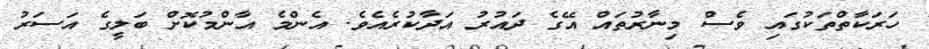
ހަރަކާތްތަކުގައި ވެސް މިނާރުތައް އޭގެ ދައުރު އަދާކުރެއެވެ. އެންމެ އާންމުކޮށް ބަލީގެ އަސަރު